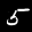
Label: 5